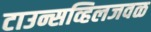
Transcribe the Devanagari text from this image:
टाउन्सव्हिलजवळ